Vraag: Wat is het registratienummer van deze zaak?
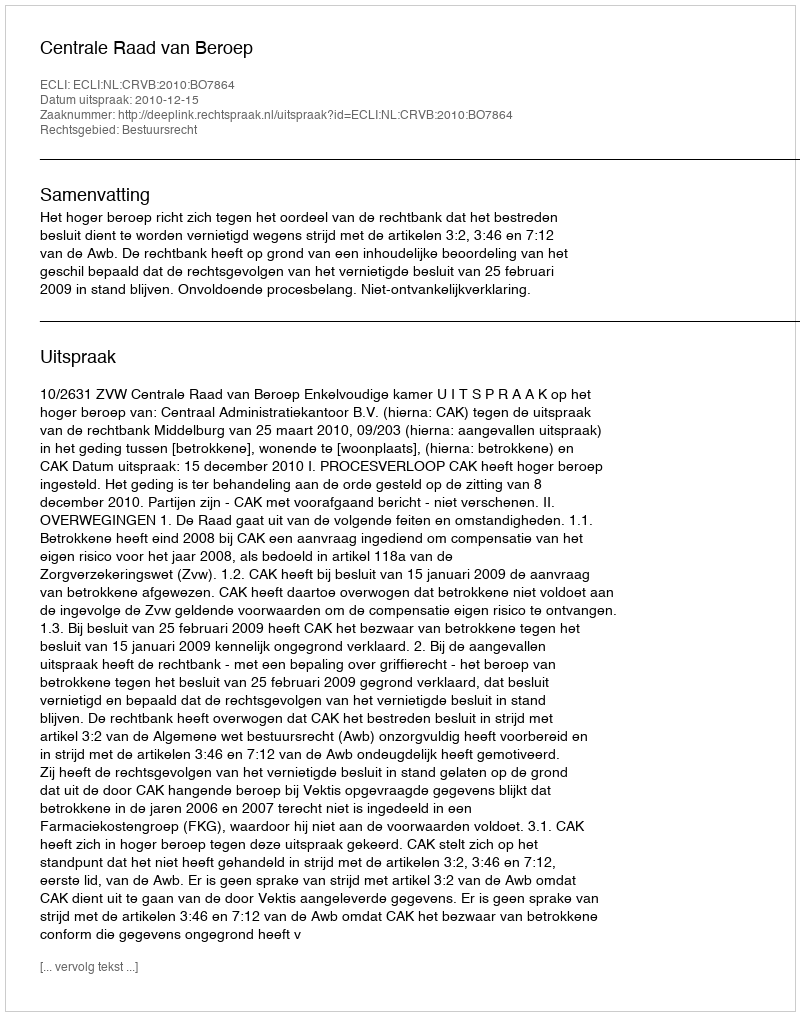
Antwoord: http://deeplink.rechtspraak.nl/uitspraak?id=ECLI:NL:CRVB:2010:BO7864